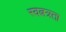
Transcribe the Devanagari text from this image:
स्वत्नत्रता